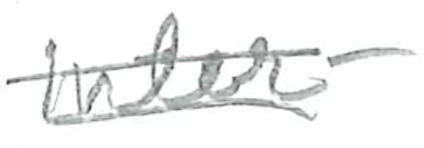
Text: Inter-
Cross-out: double-line
Writing tool: pencil